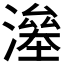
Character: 𣾯